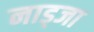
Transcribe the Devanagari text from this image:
नाड्जा